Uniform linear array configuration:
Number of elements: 64
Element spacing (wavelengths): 0.75
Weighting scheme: blackman
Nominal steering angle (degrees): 0
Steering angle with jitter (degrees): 0.8708
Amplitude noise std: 0.05
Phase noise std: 0.05

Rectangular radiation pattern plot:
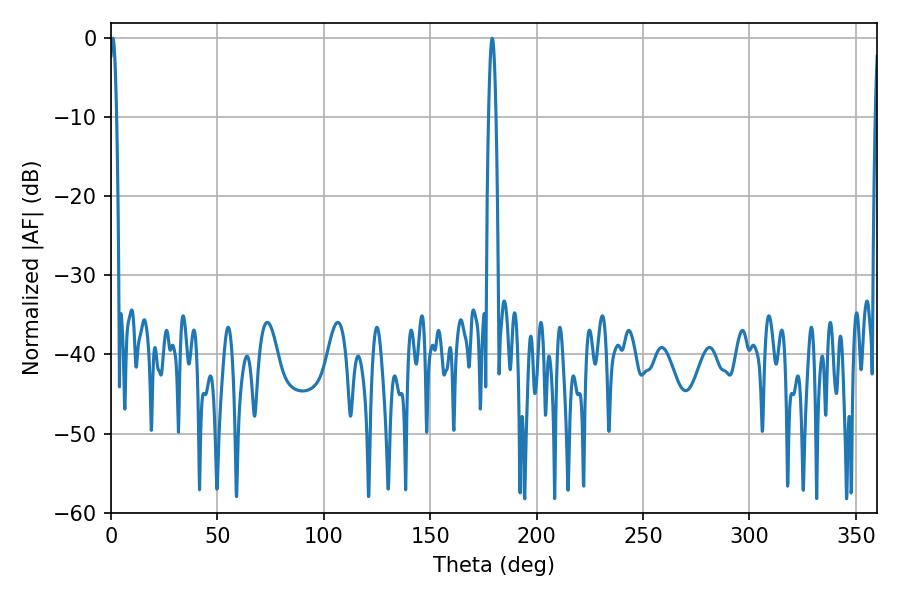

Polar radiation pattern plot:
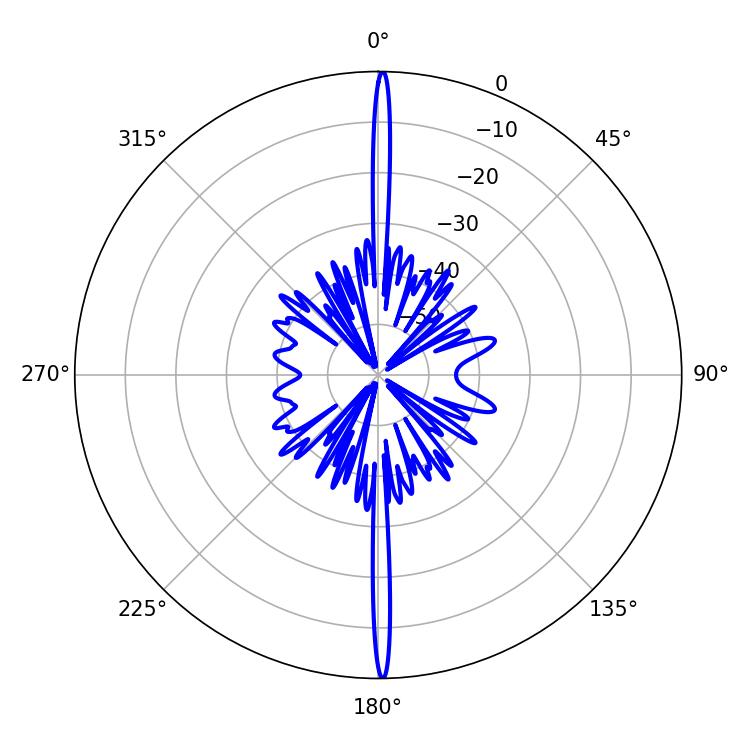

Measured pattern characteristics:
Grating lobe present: TRUE
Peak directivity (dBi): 32.589
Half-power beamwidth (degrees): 1.8
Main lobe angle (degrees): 0.9